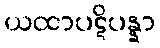
ယထာပဋိပန္နာ